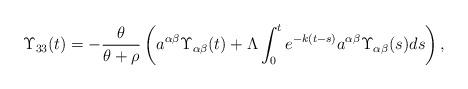
LaTeX: \begin{align*} \Upsilon_{33}(t)= - \frac{\theta}{\theta + \rho} \left( a^{\alpha \beta }\Upsilon_{\alpha\beta}(t) + \Lambda\int_0^te^{-k(t-s)}a^{\alpha\beta}\Upsilon_{\alpha\beta}(s) ds \right), \end{align*}